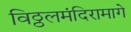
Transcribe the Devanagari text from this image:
विठ्ठलमंदिरामागे